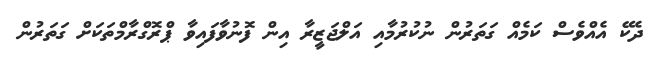
ދެކޭ އެއްވެސް ކަމެއް ގަތަރުން ނުކުރުމާއި އަލްޖަޒީރާ އިން ފޮނުވާފައިވާ ޕްރޮގްރާމްތަކަށް ގަތަރުން